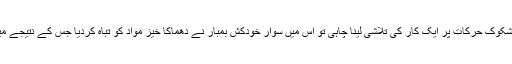
سعودی ورزارت داخلہ کے مطابق سیکیورٹی حکام نے پارکنگ ایریا میں مشکوک حرکات پر ایک کار کی تلاشی لینا چاہی تو اس میں سوار خودکش بمبار نے دھماکا خیز مواد کو تباہ کردیا جس کے نتیجے میں حملہ آور موقع پر ہلاک اور 2 سیکیورٹی گارڈز بھی زخمی ہوگئے تھے۔